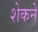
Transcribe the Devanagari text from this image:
शेकने